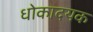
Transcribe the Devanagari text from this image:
धोकादयक